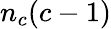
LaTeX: n_{c}(c-1)